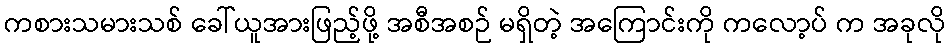
ကစားသမားသစ် ခေါ်ယူအားဖြည့်ဖို့ အစီအစဉ် မရှိတဲ့ အကြောင်းကို ကလော့ပ် က အခုလို